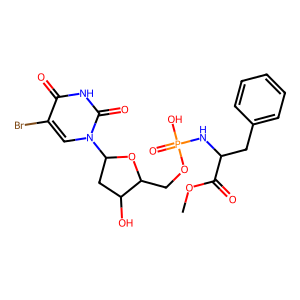
SMILES: COC(=O)C(Cc1ccccc1)NP(=O)(O)OCC1OC(n2cc(Br)c(=O)[nH]c2=O)CC1O
Inhibits HIV replication: No